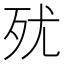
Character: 𣧗